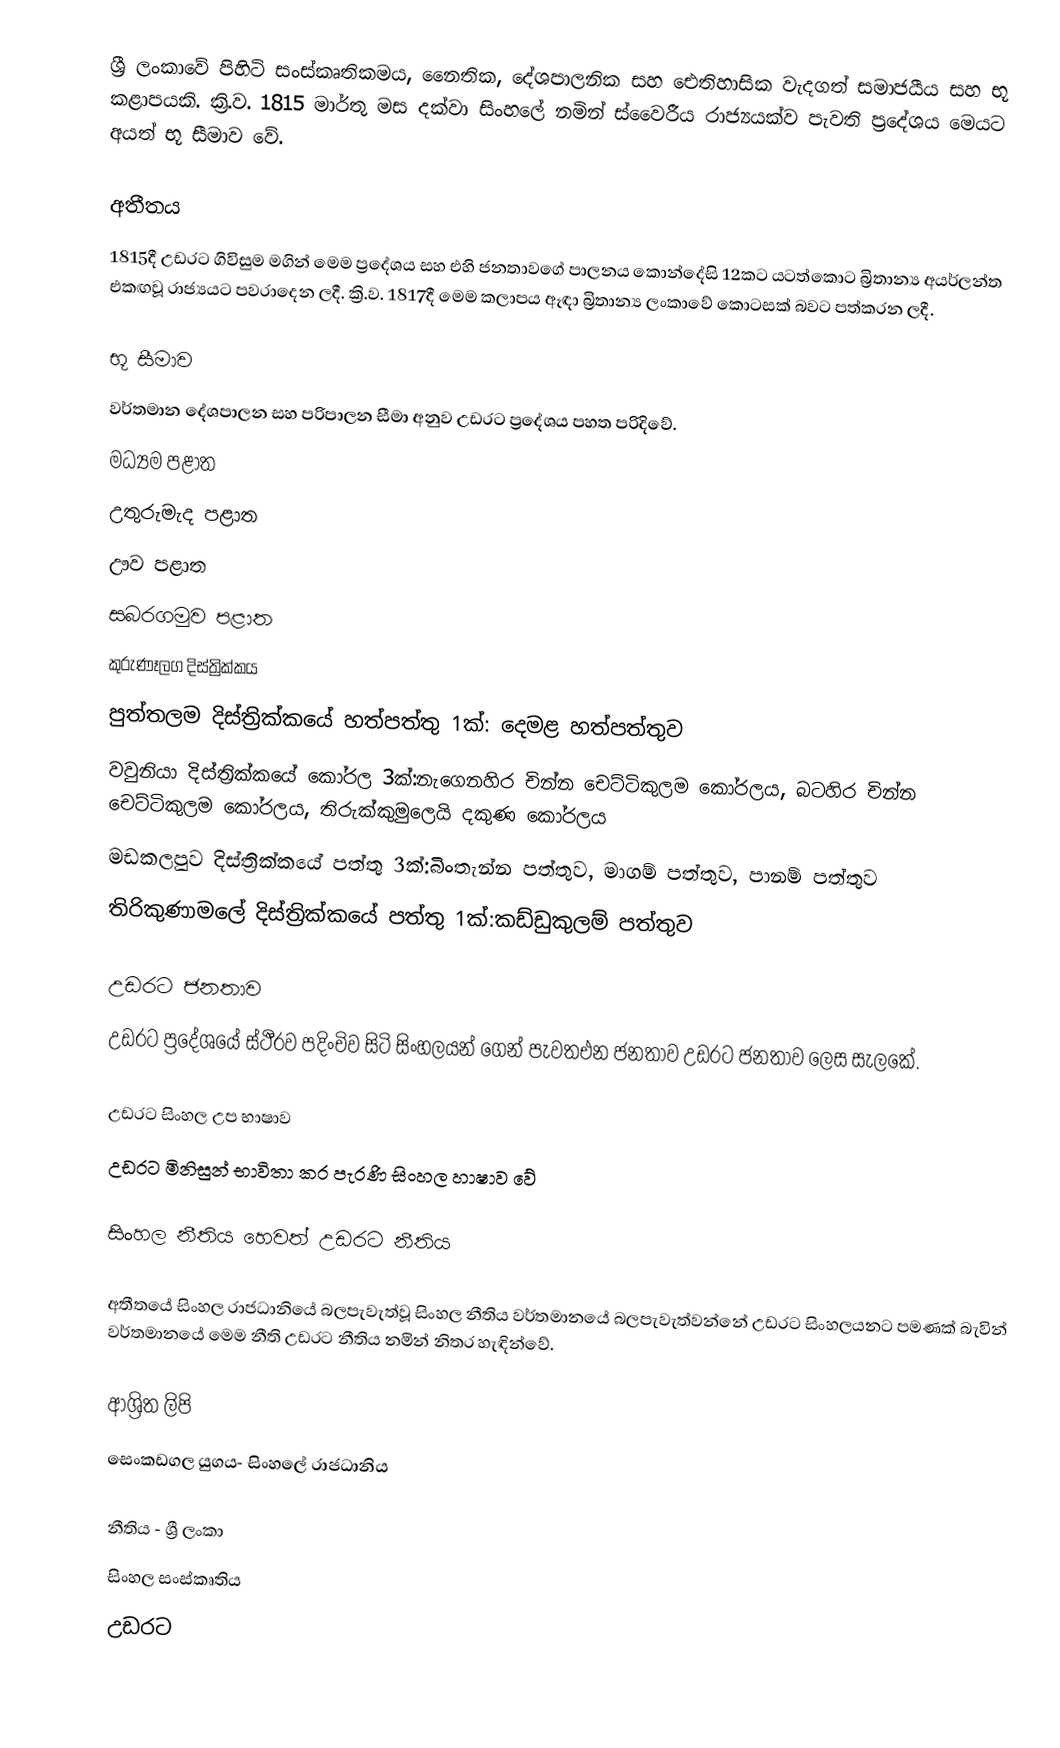
ශ්‍රී ලංකාවේ පිහිටි සංස්කෘතිකමය, නෛතික, දේශපාලනික සහ ඓතිහාසික වැදගත් සමාජයීය සහ භූ කළාපයකි. ක්‍රි.ව. 1815 මාර්තු මස දක්වා සිංහලේ නමින් ස්වෛරීය රාජ්‍යයක්ව පැවති ප්‍රදේශය මෙයට අයත් භූ සීමාව වේ.

අතීතය
1815දී උඩරට ගිවිසුම මගින් මෙම ප්‍රදේශය සහ එහි ජනතාවගේ පාලනය කොන්දේසි 12කට යටත්කොට බ්‍රිතාන්‍ය අයර්ලන්ත එකඟවූ රාජ්‍යයට පවරාදෙන ලදී. ක්‍රි.ව. 1817දී මෙම කලාපය ඈඳා බ්‍රිතාන්‍ය ලංකාවේ කොටසක් බවට පත්කරන ලදී.

භූ සීමාව
වර්තමාන දේශපාලන සහ පරිපාලන සීමා අනුව උඩරට ප්‍රදේශය පහත පරිදිවේ.
 මධ්‍යම පළාත
 උතුරුමැද පළාත
 ඌව පළාත
 සබරගමුව පළාත
 කුරුණෑලග දිස්ත්‍රික්කය
 පුත්තලම දිස්ත්‍රික්කයේ හත්පත්තු 1ක්:  දෙමළ හත්පත්තුව
 වවුනියා දිස්ත්‍රික්කයේ කෝරල 3ක්:නැගෙනහිර චින්න චෙට්ටිකුලම කෝරලය, බටහිර චින්න චෙට්ටිකුලම කෝරලය, තිරුක්කුමුලෙයි දකුණ කෝරලය
 මඩකලපුව දිස්ත්‍රික්කයේ පත්තු 3ක්:බිංතැන්න පත්තුව, මාගම් පත්තුව, පානම් පත්තුව
 තිරිකුණාමලේ දිස්ත්‍රික්කයේ පත්තු 1ක්:කඩ්ඩුකුලම් පත්තුව

උඩරට ‍ජනතාව
උ‍‍‍ඩර‍ට ප්‍රදේශයේ ස්ථීරව පදිංචිව සිටි සිංහලයන්‍ ගෙන් පැවතඑන ජනතාව උඩරට ජනතාව ලෙස සැලකේ.

උඩරට සිංහල උප භාෂාව
උඩරට මිනිසුන් භාවිතා කර පැරණි සිංහල හාෂාව වේ

සිංහල නීතිය හෙවත් උඩරට නීතිය

අතීතයේ සිංහල රා‍ජධානි‍යේ බලපැවැත්වූ  සිංහල නීතිය වර්තමානයේ බලපැවැත්වන්නේ උඩරට සිංහලයන‍ට පමණක් බැවින් වර්තමානයේ මෙම නීති උඩරට නීතිය නමින්      නිතර හැඳින්වේ.

ආශ්‍රිත ලිපි
 සෙංකඩගල යුගය- සිංහලේ රාජධානිය

නීතිය - ශ්‍රී ලංකා
සිංහල සංස්කෘතිය
උඩරට